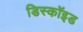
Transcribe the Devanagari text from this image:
डिस्कॉइड